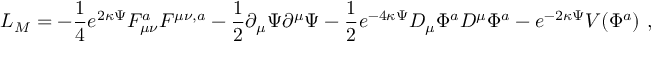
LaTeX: L _ { M } = - \frac { 1 } { 4 } e ^ { 2 \kappa \Psi } F _ { \mu \nu } ^ { a } F ^ { \mu \nu , a } - \frac { 1 } { 2 } \partial _ { \mu } \Psi \partial ^ { \mu } \Psi - \frac { 1 } { 2 } e ^ { - 4 \kappa \Psi } D _ { \mu } \Phi ^ { a } D ^ { \mu } \Phi ^ { a } - e ^ { - 2 \kappa \Psi } V ( \Phi ^ { a } ) \ ,